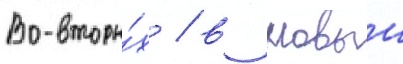
Во-вторы́х / в новыи